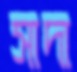
সাদা